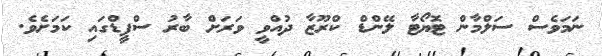
ނަމަވެސް ސަލްމާން ޓޮޔޯޓާ ލޭންޑް ކްރޫޒާ ދުއްވީ ވަރަށް ބާރު ސްޕީޑްގައި ކަމަށެވެ.